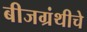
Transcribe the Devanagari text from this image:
बीजग्रंथीचे